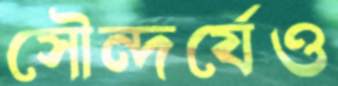
সৌন্দর্যেও